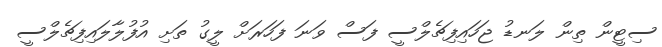
ސިޓީން ތިން ލަނޑު ޖަހައިފިޗެލްސީ ފަސް ވަނަ ފަހަރަށް ލީގު ތަށި އުފުލާލައިފިޗެލްސީ